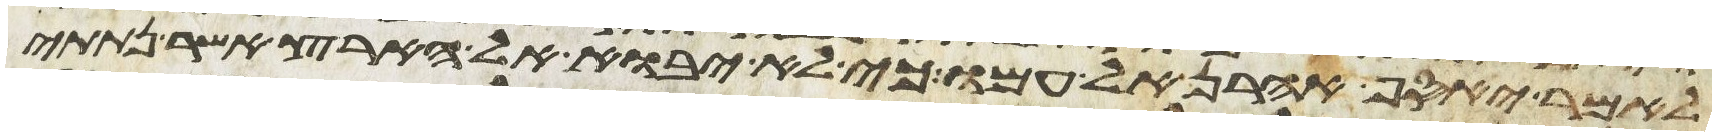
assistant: לאמר יאסף אהרן אל עמו כי לא יבוא אל הארץ אשר נתתי